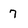
Character: 7